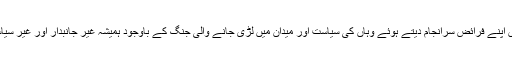
وہ کراچی میں اپنے فرائض سرانجام دیتے ہوئے وہاں کی سیاست اور میدان میں لڑی جانے والی جنگ کے باوجود ہمیشہ غیر جانبدار اور غیر سیاسی رہے ہیں۔